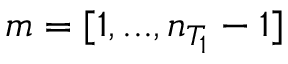
m = [ 1 , . . . , n _ { T _ { 1 } } - 1 ]